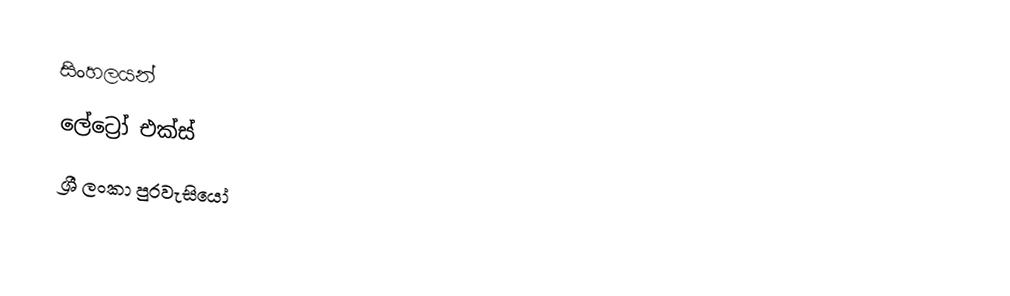
සිංහලයන්
ලේට්‍රෝ එක්ස්
ශ්‍රී ලංකා පුරවැසියෝ